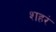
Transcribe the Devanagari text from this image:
शहरं